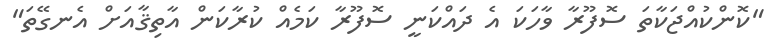
"ކޮންކުއްޖަކާތަ ސޮފޫރާ ވާހަކަ އެ ދައްކަނީ ސޮފޫރާ ކަމެއް ކުރާކަން އާތިޤާއަށް އެނގޭތަ"